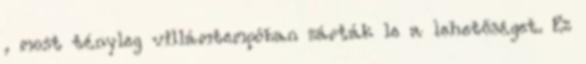
, most tényleg villámtempóban zárták le a lehetőséget. Ez